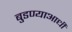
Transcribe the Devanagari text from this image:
बुडण्याआधी